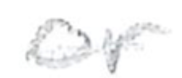
Text: or
Cross-out: single-line
Writing tool: pencil